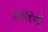
કમરનો